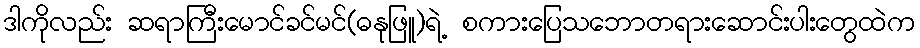
ဒါကိုလည်း ဆရာကြီးမောင်ခင်မင်(ဓနုဖြူ)ရဲ့ စကားပြေသဘောတရားဆောင်းပါးတွေထဲက